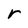
Character: r